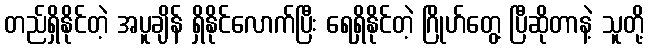
တည်ရှိနိုင်တဲ့ အပူချိန် ရှိနိုင်လောက်ပြီး ရေရှိနိုင်တဲ့ ဂြိုဟ်တွေ့ ပြီဆိုတာနဲ့ သူတို့